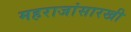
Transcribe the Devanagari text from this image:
महराजांसारखी